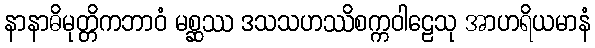
နာနာဓိမုတ္တိကဘာဝံ မစ္ဆဿ ဒသသဟဿိစက္ကဝါဠေသု အာဟရိယမာနံ